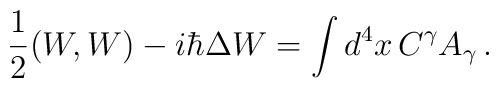
{1\over 2}(W,W)- i\hbar\Delta W = \int d^4x \, C^\gamma A_\gamma \, .